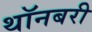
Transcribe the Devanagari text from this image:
थॉनबरी